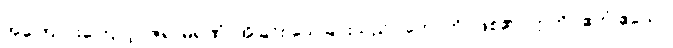
အကြောင်းကြောင့်။ ဇရာမရဏံ၊ အိုခြင်း သေခြင်းသည်။ ဟောတိ၊ ဖြစ်၏။ ဣတိ (ဧတံ ဧသော